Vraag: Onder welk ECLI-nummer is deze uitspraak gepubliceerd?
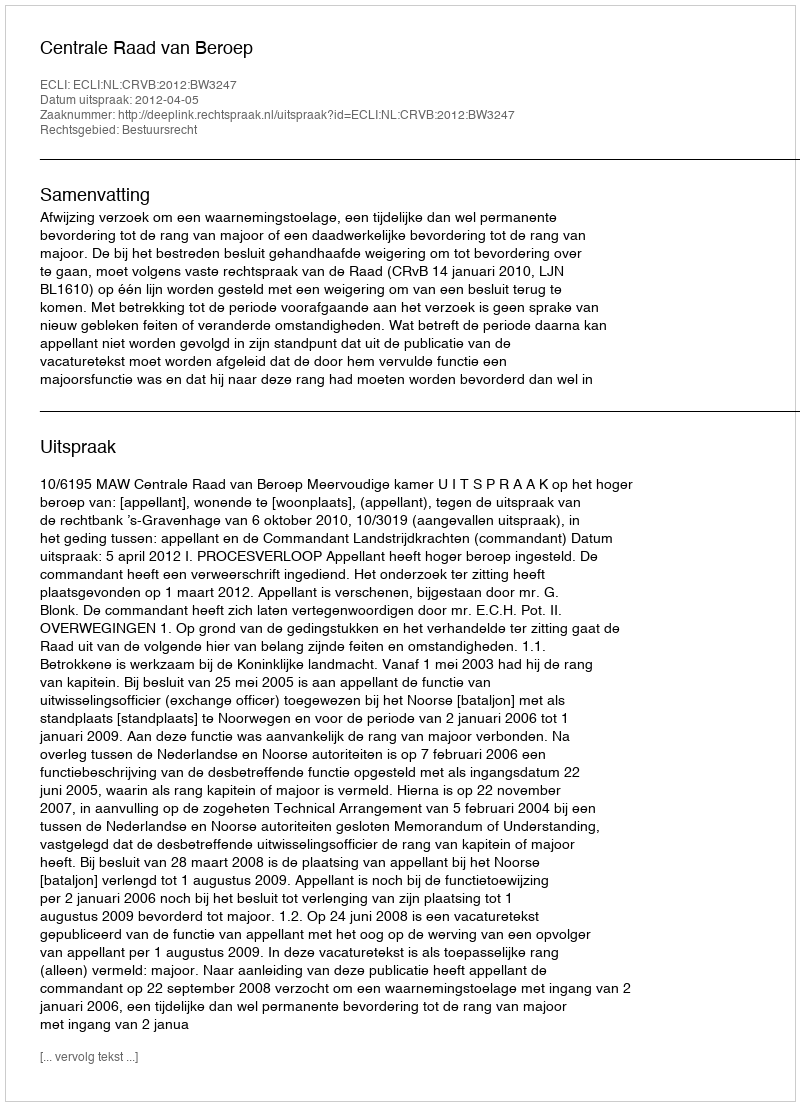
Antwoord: ECLI:NL:CRVB:2012:BW3247